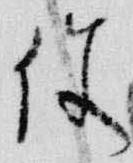
使